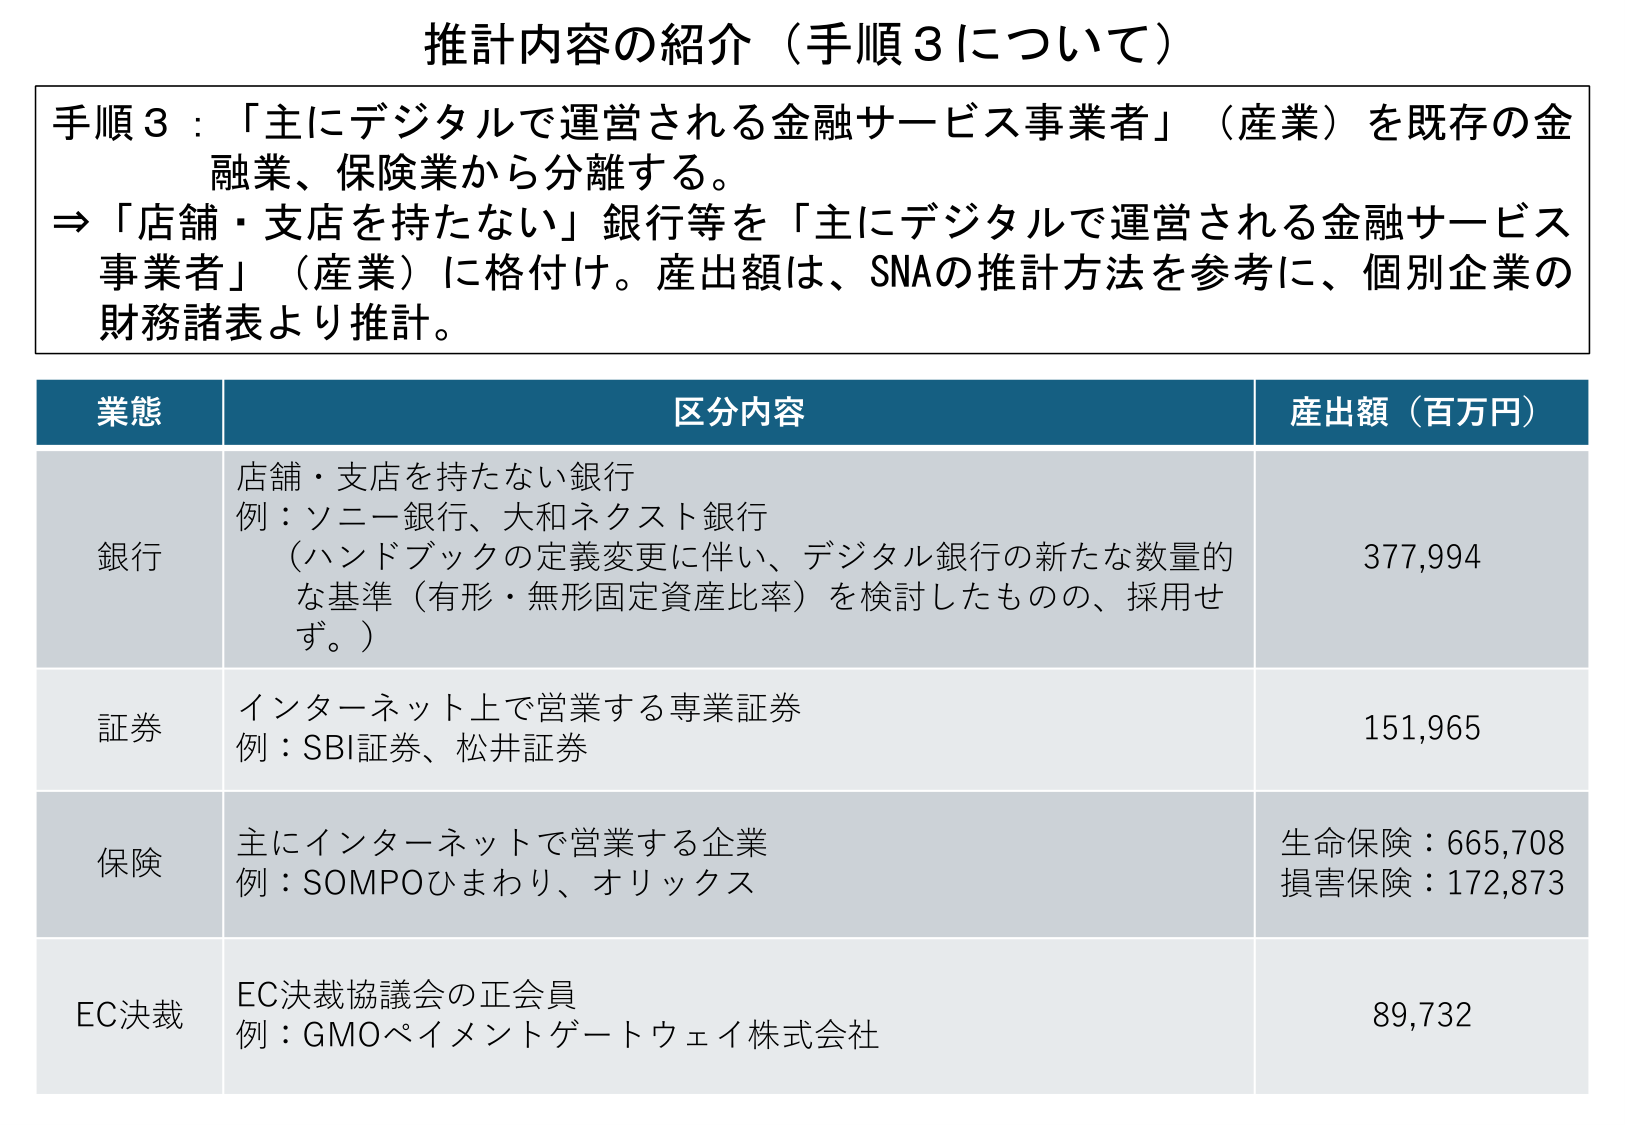
推計内容の紹介（手順3について）

手順3：「主にデジタルで運営される金融サービス事業者」（産業）を既存の金融業、保険業から分離する。
⇒「店舗・支店を持たない」銀行等を「主にデジタルで運営される金融サービス事業者」（産業）に格付け。産出額は、SNAの推計方法を参考に、個別企業の財務諸表より推計。

業態 区分内容 産出額（百万円）
銀行 店舗・支店を持たない銀行
例：ソニー銀行、大和ネクスト銀行
（ハンドブックの定義変更に伴い、デジタル銀行の新たな数量的な基準（有形・無形固定資産比率）を検討したものの、採用せず。） 377,994
証券 インターネット上で営業する専業証券
例：SBI証券、松井証券 151,965
保険 主にインターネットで営業する企業
例：SOMPOひまわり、オリックス 生命保険：665,708
損害保険：172,873
EC決裁 EC決裁協議会の正会員
例：GMOペイメントゲートウェイ株式会社 89,732